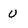
Character: U